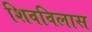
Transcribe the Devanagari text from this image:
शिवविलास